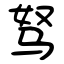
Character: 驽